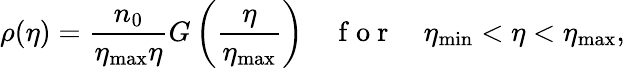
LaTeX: \rho(\eta)=\frac{n_{0}}{\eta_{\mathrm{max}}\eta}G\left(\frac{\eta}{\eta_{\mathrm{max}}}\right)\quad\mathrm{~f~o~r~}\quad\eta_{\mathrm{min}}<\eta<\eta_{\mathrm{max}},